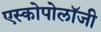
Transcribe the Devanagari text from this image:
एस्कोपोलॉजी